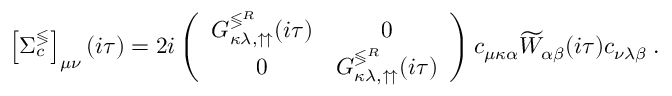
\left[ \Sigma _ { c } ^ { \lessgtr } \right] _ { \mu \nu } ( i \tau ) = 2 i \left( \begin{array} { c c } { G _ { \kappa \lambda , \upuparrows } ^ { \lessgtr ^ { R } } ( i \tau ) } & { 0 } \\ { 0 } & { G _ { \kappa \lambda , \upuparrows } ^ { \lessgtr ^ { R } } ( i \tau ) } \end{array} \right) c _ { \mu \kappa \alpha } \widetilde { W } _ { \alpha \beta } ( i \tau ) c _ { \nu \lambda \beta } \; .